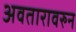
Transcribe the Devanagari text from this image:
अवतारावरुन